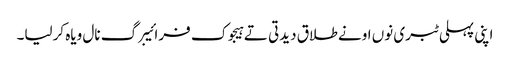
اپنی پہلی ٹبری نوں اونے طلاق دیدتی تے ہیجوک فرائیبرگ نال ویاہ کرلیا۔